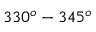
3 3 0 ^ { o } - 3 4 5 ^ { o }